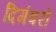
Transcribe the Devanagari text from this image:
दिगंबरों